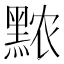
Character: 𬹖